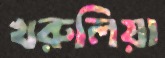
খরুলিয়া